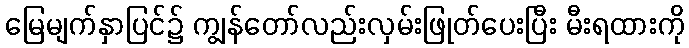
မြေမျက်နှာပြင်၌ ကျွန်တော်လည်းလှမ်းဖြုတ်ပေးပြီး မီးရထားကို